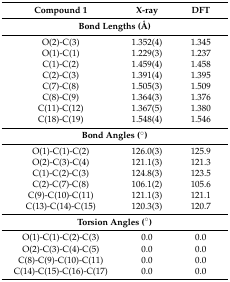
| Compound 1 | X-ray | DFT |
 | --- | --- | --- |
 | <COLSPAN=3> Bond Lengths (Å) |
 | O(2)-C(3) | 1.352(4) | 1.345 |
 | O(1)-C(1) | 1.229(3) | 1.237 |
 | C(1)-C(2) | 1.459(4) | 1.458 |
 | C(2)-C(3) | 1.391(4) | 1.395 |
 | C(7)-C(8) | 1.505(3) | 1.509 |
 | C(8)-C(9) | 1.364(3) | 1.376 |
 | C(11)-C(12) | 1.367(5) | 1.380 |
 | C(18)-C(19) | 1.548(4) | 1.546 |
 | <COLSPAN=3> Bond Angles (°) |
 | O(1)-C(1)-C(2) | 126.0(3) | 125.9 |
 | O(2)-C(3)-C(4) | 121.1(3) | 121.3 |
 | C(1)-C(2)-C(3) | 124.8(3) | 123.5 |
 | C(2)-C(7)-C(8) | 106.1(2) | 105.6 |
 | C(9)-C(10)-C(11) | 121.1(3) | 121.1 |
 | C(13)-C(14)-C(15) | 120.3(3) | 120.7 |
 | <COLSPAN=3> Torsion Angles (°) |
 | O(1)-C(1)-C(2)-C(3) | 0.0 | 0.0 |
 | O(2)-C(3)-C(4)-C(5) | 0.0 | 0.0 |
 | C(8)-C(9)-C(10)-C(11) | 0.0 | 0.0 |
 | C(14)-C(15)-C(16)-C(17) | 0.0 | 0.0 |